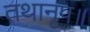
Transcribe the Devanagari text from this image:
तथानृप॥